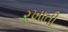
રખાતી